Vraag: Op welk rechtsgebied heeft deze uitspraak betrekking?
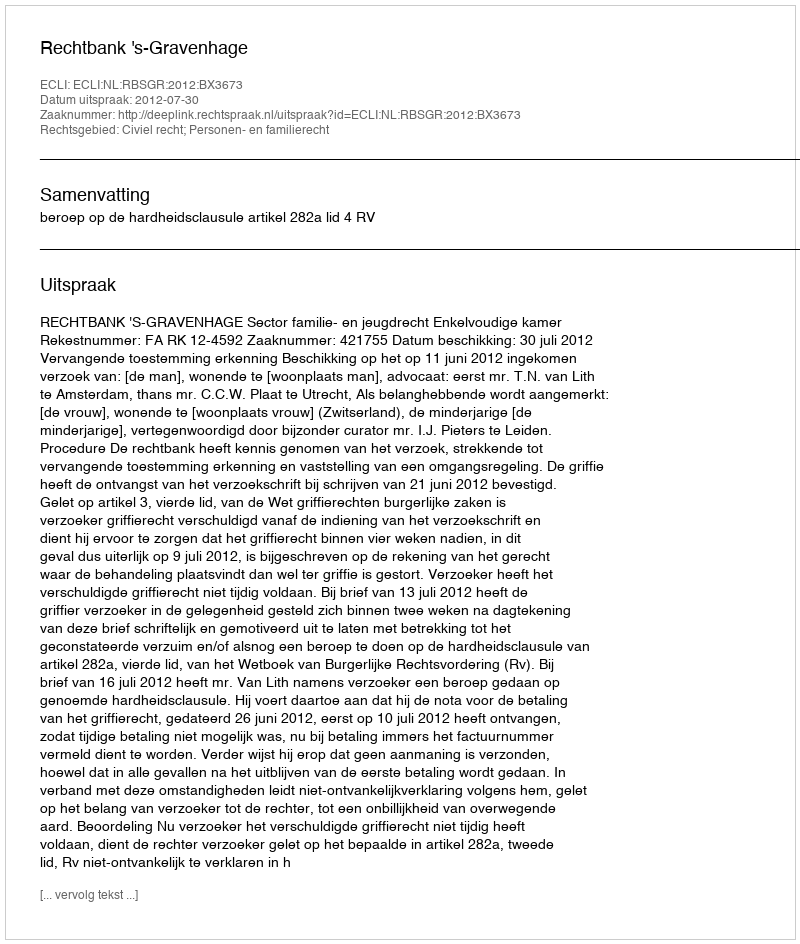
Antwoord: Civiel recht; Personen- en familierecht